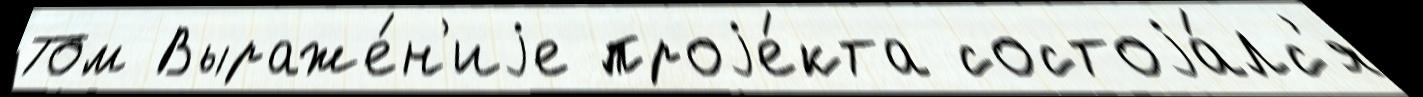
Том Выраже́н'иjе проjе́кта состоjа́лс'я